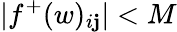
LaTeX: |f^{+}(w)_{i\mathbf{j}}|<M